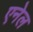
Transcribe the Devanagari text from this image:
एनेल